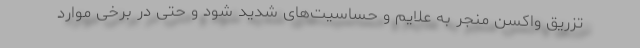
تزریق واکسن منجر به علایم و حساسیت‌های شدید شود و حتی در برخی موارد